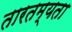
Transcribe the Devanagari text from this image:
तारतम्‍यता